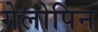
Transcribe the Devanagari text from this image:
गेलोपिन